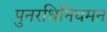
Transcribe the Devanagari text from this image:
पुनरधिनियमन